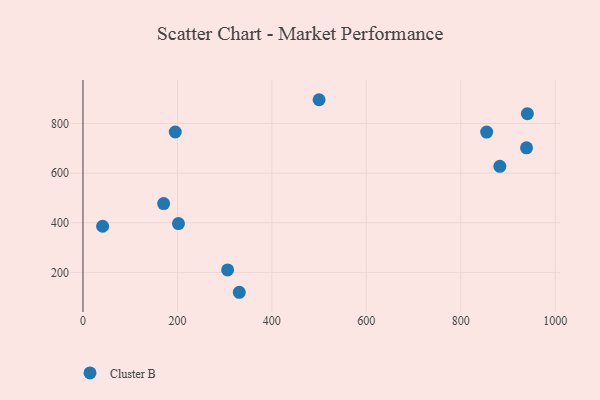
{"axis": {"x": "Experience", "y": "Salary"}, "legend": ["Cluster B"], "data": [{"x": "941.1", "y": 839.6, "type": "Cluster B"}, {"x": "939.3", "y": 701.7, "type": "Cluster B"}, {"x": "306.3", "y": 210.2, "type": "Cluster B"}, {"x": "41.6", "y": 386.0, "type": "Cluster B"}, {"x": "170.8", "y": 477.3, "type": "Cluster B"}, {"x": "882.8", "y": 627.2, "type": "Cluster B"}, {"x": "500.0", "y": 895.6, "type": "Cluster B"}, {"x": "195.4", "y": 765.7, "type": "Cluster B"}, {"x": "202.2", "y": 396.6, "type": "Cluster B"}, {"x": "854.9", "y": 765.2, "type": "Cluster B"}, {"x": "331.0", "y": 120.1, "type": "Cluster B"}]}